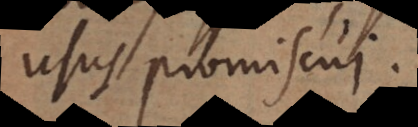
usus promiscui.